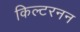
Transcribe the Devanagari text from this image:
किल्टरनन